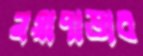
নয়াপাড়ার